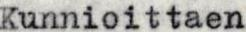
Kunnioittaen